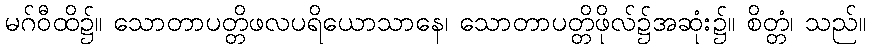
မဂ်ဝီထိ၌။ သောတာပတ္တိဖလပရိယောသာနေ၊ သောတာပတ္တိဖိုလ်၌အဆုံး၌။ စိတ္တံ၊ သည်။